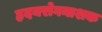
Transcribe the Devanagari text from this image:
हृदयरोगनाशक